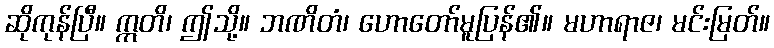
ဆိုကုန်ပြီ။ ဣတိ၊ ဤသို့။ ဘဏိတံ၊ ဟောတော်မူပြန်၏။ မဟာရာဇ၊ မင်းမြတ်။